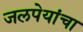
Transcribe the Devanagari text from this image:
जलपेयांचा